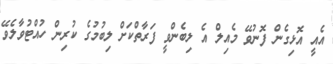
އެއީ އޮޅިގެން ފޮނުވޭ މެއިލް އެ ލިބެންވީ ފަރާތްކަށް ލިބުމުގެ ކުރިން ހުއްޓުވާލެވޭ